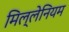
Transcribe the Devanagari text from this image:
मिल्लेनियम